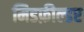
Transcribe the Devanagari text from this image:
मिडफ़ील्डर